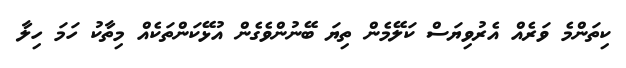
ކިތަންމެ ވަރެއް އެރުވިޔަސް ކަލޭމެން ތިޔަ ބޭނުންވެގެން އުޅޭކަންތަކެއް މިތާކު ހަމަ ހިލާ